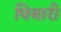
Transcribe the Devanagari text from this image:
पियारी